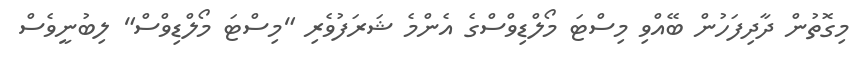
މިގޮތުން ދާދިފަހުން ބޭއްވި މިސްޓަ މޯލްޑިވްސްގެ އެންމެ ޝަރަފުވެރި "މިސްޓަ މޯލްޑިވްސް" ލިބުނީވެސް